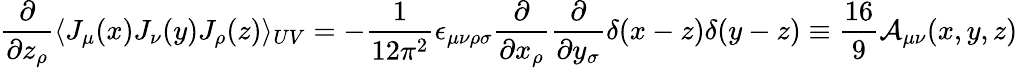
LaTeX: \frac{\partial}{\partial z_{\rho}}\langle J_{\mu}(x)J_{\nu}(y)J_{\rho}(z)\rangle_{UV}=-\frac{1}{12\pi^{2}}\epsilon_{\mu\nu\rho\sigma}\frac{\partial}{\partial x_{\rho}}\frac{\partial}{\partial y_{\sigma}}\delta(x-z)\delta(y-z)\equiv\frac{16}{9}{\cal A}_{\mu\nu}(x,y,z)